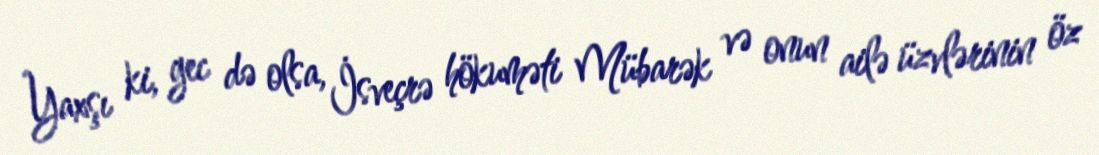
Yaxşı ki, gec də olsa, İsveçrə hökuməti Mübarək və onun ailə üzvlərinin öz